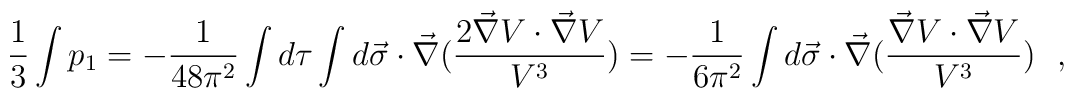
\frac{1}{3} \int p_{1}  = -\frac{1}{48\pi^{2}} \int d\tau \int d\vec{\sigma}\cdot \vec{\nabla}(\frac{2\vec{\nabla}V\cdot \vec{\nabla}V}{V^{3}})=-\frac{1}{6\pi^{2}} \int d\vec{\sigma}\cdot \vec{\nabla}(\frac{\vec{\nabla}V\cdot \vec{\nabla}V}{V^{3}})~~,